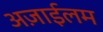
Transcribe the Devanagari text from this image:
अज़ाईलम